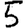
Digit: 5